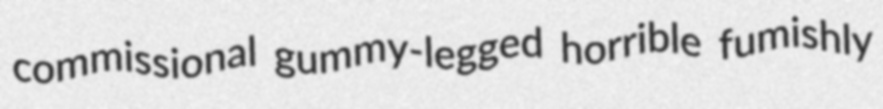
commissional gummy-legged horrible fumishly